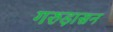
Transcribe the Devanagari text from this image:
गरुड़ासन